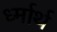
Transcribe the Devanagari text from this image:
र्ध्मार्थ